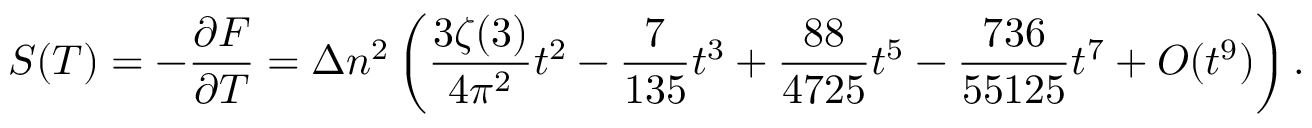
S ( T ) = - \frac { \partial F } { \partial T } = \Delta n ^ { 2 } \left( \frac { 3 \zeta ( 3 ) } { 4 \pi ^ { 2 } } t ^ { 2 } - \frac { 7 } { 1 3 5 } t ^ { 3 } + \frac { 8 8 } { 4 7 2 5 } t ^ { 5 } - \frac { 7 3 6 } { 5 5 1 2 5 } t ^ { 7 } + { \cal O } ( t ^ { 9 } ) \right) { . }